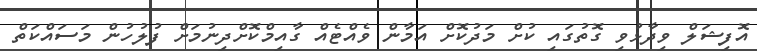
އޮފިޝަލް ވިދާޅުވި ގޮތުގައި ކުށް މަދުކޮށް އަމާން ވެއްޓެއް ގާއިމްކޮށްދިނުމަށް ފުލުހުން މަސައްކަތް